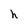
Character: h